Report on sanitation, dispensaries, and jails in Rajputana for 1920, and on vaccination for the year 1920-1921 - 1920-1921
Year: 1920
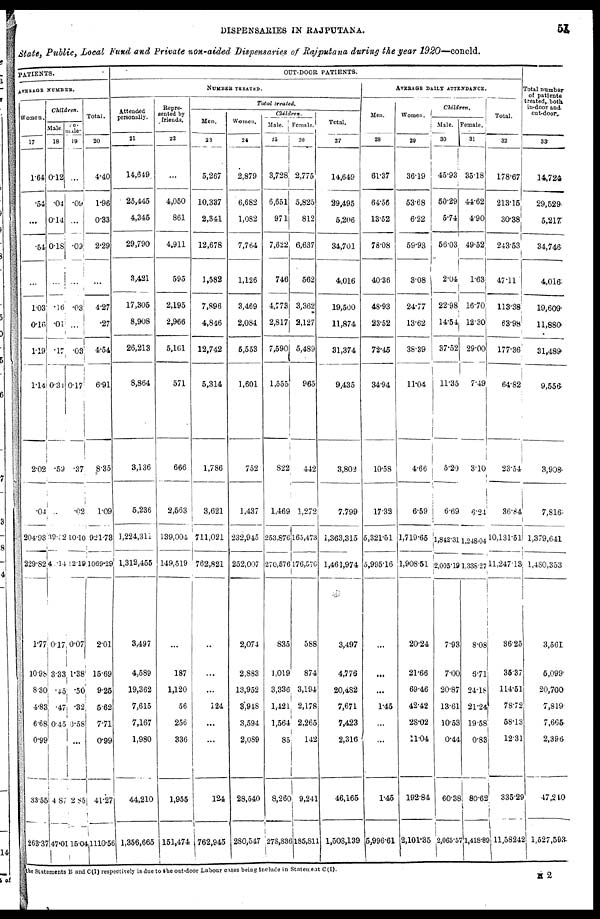
DISPENSARIES IN RAJPUTANA.
51
State, Public, Local Fund and Private non-aided Dispensaries of Rajputana during the year 1920—concld.
PATIENTS.
AVERAGE NUMBER.
Women.
17
1.64
.54
...
.54
...
103
0.16
1.19
1.14
2.02
.04
204.93
229.82
177
10.98
8.30
4.83
668
0.99
33.55
263.37
Children.
Male.
18
0.12
.04
0.14
0.18
...
.16
.01
.17
0.34
.59
..
39.82
40.14
0.17
3.33
.45
.47
0.45
48
47.01
Fe¬
male.
19
...
.09
...
.09
...
.03
...
.03
0.17
.37
.02
10.10
12.19
0.07
1.38
.50
.32
0.58
...
285
15.04
Total.
20
4.40
1.96
0.33
2.29
...
4.27
.27
4.54
6.91
8.35
1.09
921.73
1069.29
2.01
15.69
9.25
5.62
7.71
0.99
41.27
1110.56
OUT-DOOR PATIENTS.
NUMBER TREATED.
Attended
personally.
21
14.649
25,445
4,345
29,790
3,421
17,305
8,908
26,213
8,864
3,136
5,236
1,224,311
1,312,455
3,497
4,589
19,362
7,615
7,167
1,980
44,210
1,356,665
Repre¬
sented by
friends.
22
...
4,050
861
4,911
595
2,195
2,966
5,161
571
666
2,563
139,004
149,519
...
187
1,120
56
256
336
1,955
151,474
Total treated.
Men.
23
5,267
10,337
2,341
12,678
1,582
7,896
4,846
12,742
5,314
1,786
3,621
711,021
762,821
...
...
...
124
...
...
124
762,945
Women.
24
2,879
6,682
1,082
7,764
1,126
3,469
2,084
5,553
1,601
752
1,437
232,945
252,007
2,074
2,883
13,952
3,948
3,594
2,089
28,540
280,547
Children.
Male.
25
3,728
6,651
971
7,622
746
4,773
2,817
7,590
1,555
822
1,469
253,876
270,576
835
1,019
3,336
1,421
1,564
85
8,260
278,836
Female.
26
2,775
5,825
812
6,637
562
3,362
2,127
5,489
965
442
1,272
165,473
176,576
588
874
3,194
2,178
2,265
142
9,241
185,811
Total.
27
14,649
29,495
5,206
34,701
4,016
19,500
11,874
31,374
9,435
3,802
7,799
1,363,315
1,461,974
3,497
4,776
20,482
7,671
7,423
2,316
46,165
1,508,139
AVERAGE DAILY ATTENDANCE.
Men.
28
61.37
64.56
13.52
78.08
40.36
48.93
23.52
72.45
34.94
10.58
1732
5,321.51
5,995.16
...
...
...
1.45
...
...
1.45
5,996.61
Women.
29
36.19
53.68
6.22
59.93
3.08
24.77
13.62
38.39
11.04
4.66
6.59
1,719.65
1,908.51
20.24
21.66
69.46
42.42
28.02
11.04
192.84
2,101.35
Children.
Male.
30
45.93
50.29
5.74
56.03
2.04
22.98
14.54
37.52
11.35
5.20
6.69
1,842.31
2,005.19
7.93
7.00
20.87
13.61
10.53
0.44
60.38
2,065.57
Female.
31
35.18
44.62
4.90
49.52
1.63
16.70
12.30
29.00
7.49
3.10
6.24
1,248.04
1338.27
8.08
6.71
24.18
21.24
19.58
0.83
80.62
1,418.89
Total.
32
178.67
213.15
30.38
243.53
47.11
113.38
63.98
177.36
64.82
23.54
36.84
10,131.51
11,247.13
36.25
35.37
114.51
78.72
58.13
12.31
335.29
11,58242
Total number
of patients
treated, both
in-door and
out-door.
33
14,724
29,529
5,217
34,746
4,016
19,609
11,880
31,489
9,556
3,908
7,816
1,379,641
1,480,353
3,561
5,099
20,700
7,819
7,665
2,396
47,240
1,527,593
the Statements B and C(I) respectively is due to the out-door Labour cases being include in Statement C (I).
H 2